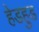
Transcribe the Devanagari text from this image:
हेडहुड